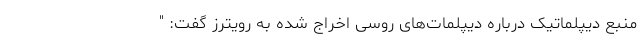
منبع دیپلماتیک درباره دیپلمات‌های روسی اخراج شده به رویترز گفت: "